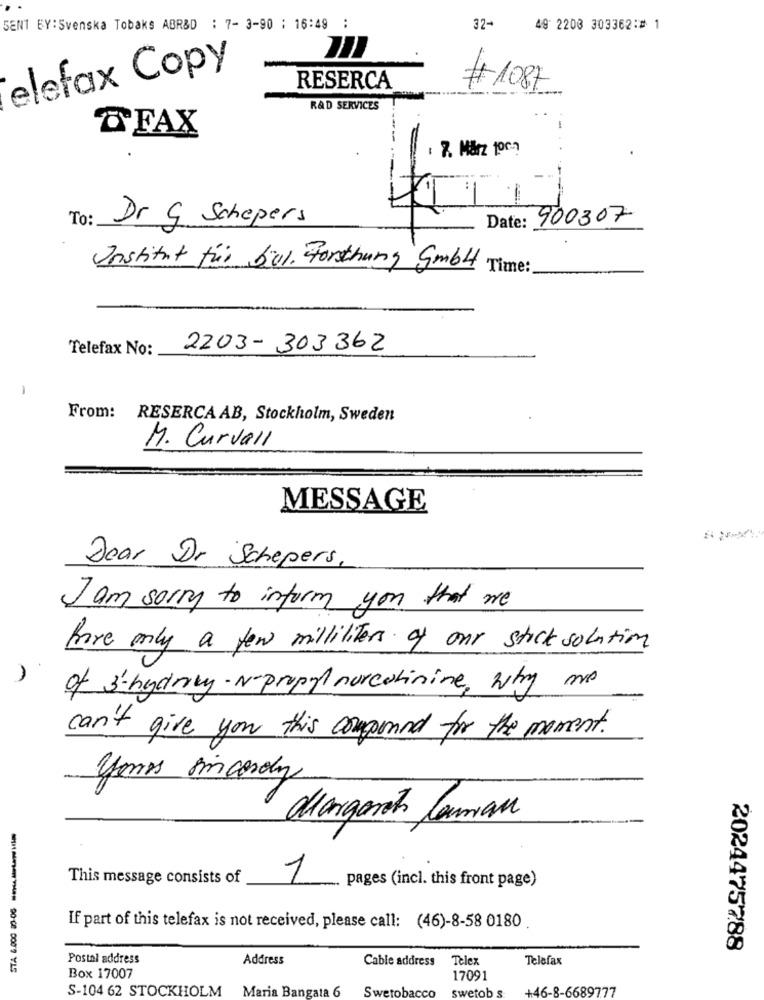
SENT BY:Svenska Tobaks ABR&D : 7- 3-90 ; 16:49 :
32-
49 2203 303362:# 1
elefax Copy
RESERCA
# 1087
RAD SERVICES
TFAX
: 7. März 100?
To:
Date: 900307
Dr G Schepers
Institut für bul. Forschung GmbH Time:
Telefax No:
2203 - 303362
-
From: RESERCA AB, Stockholm, Sweden
M. Curvall
MESSAGE
Dear Dr Schepers,
I am sorry to inform you that we
have only a few milliliters of our stick solution
of s'hydroxy- N- propyl nurcolinine, why me
can't give you this couponned for the moment.
yemas incesoly
d'argento laman
This message consists of
1
pages (incl. this front page)
If part of this telefax is not received, please call: (46)-8-58 0180
2024475788
Postnl address
Address
Cable address
Telex
Telefax
Box 17007
17091
S-104 62 STOCKHOLM
Maria Bangata 6
Swetobacco
swetob s
+46-8-6689777